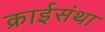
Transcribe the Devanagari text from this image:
क्राईसंथा